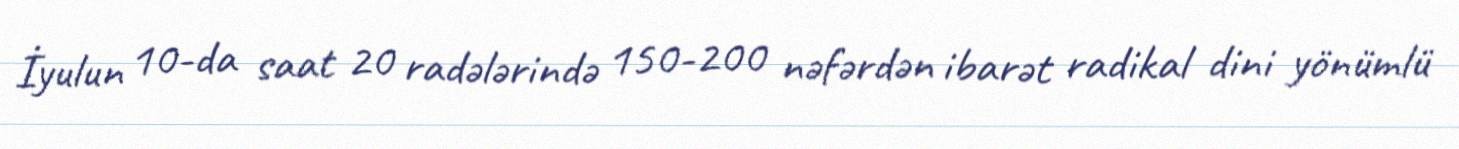
İyulun 10-da saat 20 radələrində 150-200 nəfərdən ibarət radikal dini yönümlü